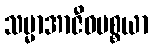
သမ္မာအာဇီဝပစ္စယာ